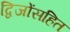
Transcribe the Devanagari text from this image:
द्विजोंसहित